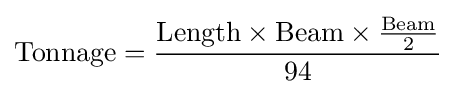
{\text{Tonnage}}={\frac {{\text{Length}}\times {\text{Beam}}\times {\frac {\text{Beam}}{2}}}{94}}